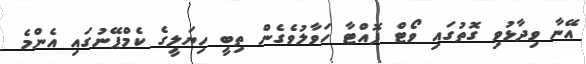
އޭނާ ވިދާޅުވި ގޮތުގައި ވޯޓް ފޮއްޓާ ހަވާލުވެގެން ތިބީ ހިޔަލީގެ ކެމްޕޭނުގައި އެންމެ